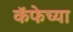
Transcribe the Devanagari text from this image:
कॅफेच्या